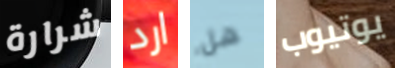
شرارة ارد هل يوتيوب